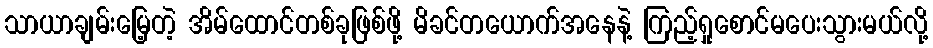
သာယာချမ်းမြေ့တဲ့ အိမ်ထောင်တစ်ခုဖြစ်ဖို့ မိခင်တယောက်အနေနဲ့ ကြည့်ရှုစောင်မပေးသွားမယ်လို့